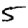
Digit: 5